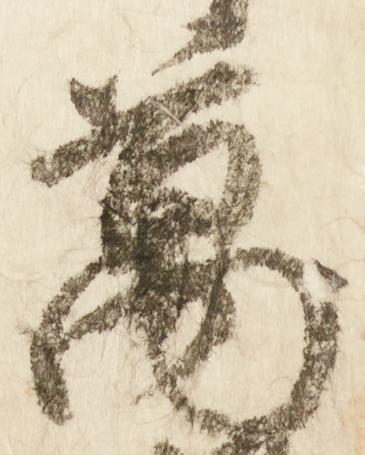
万